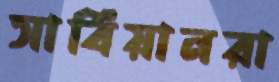
সার্বিয়ানরা